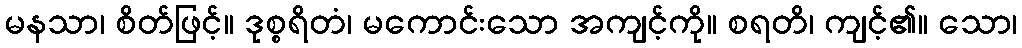
မနသာ၊ စိတ်ဖြင့်။ ဒုစ္စရိတံ၊ မကောင်းသော အကျင့်ကို။ စရတိ၊ ကျင့်၏။ သော၊